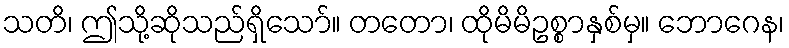
သတိ၊ ဤသို့ဆိုသည်ရှိသော်။ တတော၊ ထိုမိမိဥစ္စာနှစ်မှ။ ဘောဂေန၊